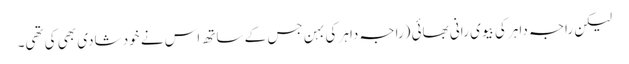
لیکن راجہ داہر کی بیوی رانی بھائی (راجہ داہر کی بہن جس کے ساتھ اس نے خود شادی بھی کی تھی۔